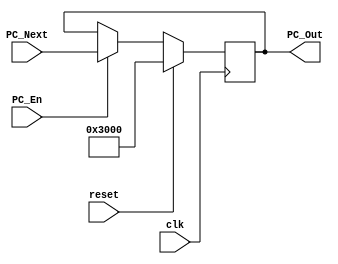
`timescale 1ns / 1ps
//////////////////////////////////////////////////////////////////////////////////
// Company: 
// Engineer: 
// 
// Design Name: 
// Module Name:    PC 
// Project Name: 
// Target Devices: 
// Tool versions: 
// Description: 
//
// Dependencies: 
//
// Revision: 
// Revision 0.01 - File Created
// Additional Comments: 
//
//////////////////////////////////////////////////////////////////////////////////
module PC(
    input clk,
    input reset,
	 input PC_En,
	 input [31:0] PC_Next,
    output reg [31:0] PC_Out
    );

    initial begin
	    PC_Out <= 32'h00003000;
    end
	 
	 always @ (posedge clk) begin
	 
	    if(reset == 1)
		    PC_Out <= 32'h00003000;
		 
		 else if(PC_En == 1)
		    PC_Out <= PC_Next;
    
	 end			 
		    
endmodule